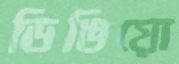
ডিঙিয়ো